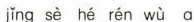
ǐng sè hé rén wù a